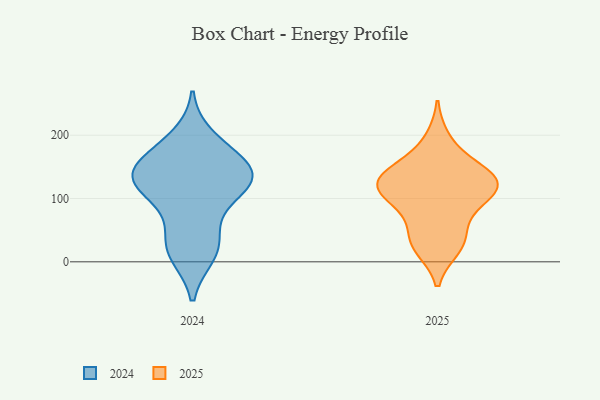
{"axis": {"x": "Demand Index", "y": "Value"}, "legend": ["2024", "2025"], "data": [{"x": "", "y": 126, "type": "2024"}, {"x": "", "y": 146, "type": "2024"}, {"x": "", "y": 23, "type": "2024"}, {"x": "", "y": 22, "type": "2024"}, {"x": "", "y": 132, "type": "2024"}, {"x": "", "y": 64, "type": "2024"}, {"x": "", "y": 12, "type": "2024"}, {"x": "", "y": 125, "type": "2024"}, {"x": "", "y": 172, "type": "2024"}, {"x": "", "y": 163, "type": "2024"}, {"x": "", "y": 196, "type": "2024"}, {"x": "", "y": 137, "type": "2024"}, {"x": "", "y": 108, "type": "2024"}, {"x": "", "y": 126, "type": "2024"}, {"x": "", "y": 157, "type": "2025"}, {"x": "", "y": 194, "type": "2025"}, {"x": "", "y": 92, "type": "2025"}, {"x": "", "y": 135, "type": "2025"}, {"x": "", "y": 121, "type": "2025"}, {"x": "", "y": 34, "type": "2025"}, {"x": "", "y": 60, "type": "2025"}, {"x": "", "y": 129, "type": "2025"}, {"x": "", "y": 27, "type": "2025"}, {"x": "", "y": 111, "type": "2025"}, {"x": "", "y": 131, "type": "2025"}, {"x": "", "y": 22, "type": "2025"}, {"x": "", "y": 112, "type": "2025"}, {"x": "", "y": 99, "type": "2025"}, {"x": "", "y": 141, "type": "2025"}]}